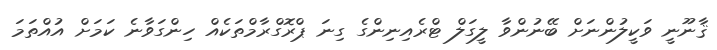
ޤާނޫނީ ވަކީލުންނަށް ބޭނުންވާ ލީގަލް ޓްރެއިނިންގެ ގިނަ ޕްރޮގްރާމްތަކެއް ހިންގަވާނެ ކަމަށް އުއްތަމަ